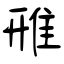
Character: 雃